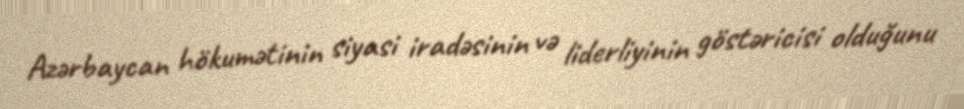
Azərbaycan hökumətinin siyasi iradəsinin və liderliyinin göstəricisi olduğunu